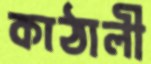
কাঠালী